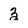
Character: 3